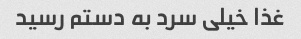
غذا خیلی سرد به دستم رسید